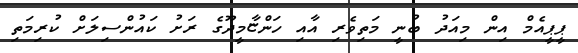
ޕީޕީއެމް އިން މިއަދު ބުނީ މަތިވެރި އާއި ހަންޏާމީދޫގެ ރަށު ކައުންސިލަށް ކުރިމަތި